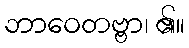
ဘာဝေတဗ္ဗာ၊ ၏။